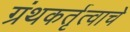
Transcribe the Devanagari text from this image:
ग्रंथकर्तृत्वाचे